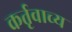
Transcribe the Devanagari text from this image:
कर्तृवाच्य